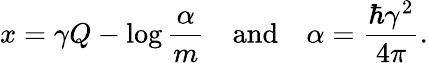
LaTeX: x=\gamma Q-\log\frac{\alpha}{m}~~~~\mathrm{and}~~~~\alpha=\frac{\hbar\gamma^{2}}{4\pi}.